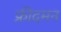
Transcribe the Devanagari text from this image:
फ्रीदमन